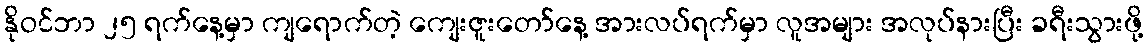
နိုဝင်ဘာ ၂၅ ရက်နေ့မှာ ကျရောက်တဲ့ ကျေးဇူးတော်နေ့ အားလပ်ရက်မှာ လူအများ အလုပ်နားပြီး ခရီးသွားဖို့